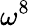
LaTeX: \omega^{8}